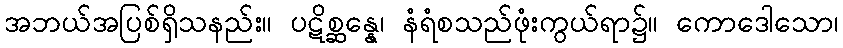
အဘယ်အပြစ်ရှိသနည်း။ ပဋိစ္ဆန္နေ၊ နံရံစသည်ဖုံးကွယ်ရာ၌။ ကောဒေါသော၊